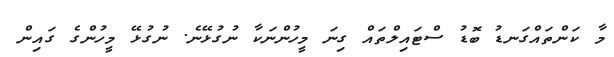
މާ ކަންތައްގަނޑު ބޮޑު ސްޓައިލްތައް ގިނަ މީހުންނަކާ ނުގުޅޭނެ. ނުގުޅޭ މީހުންގެ ގައިން